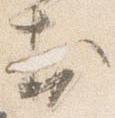
於